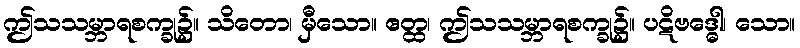
ဤသသမ္ဘာရစက္ခု၌။ သိတော၊ မှီသော။ ဧတ္ထ၊ ဤသသမ္ဘာရစက္ခု၌။ ပဋိဗဒ္ဓေါ၊ သော။